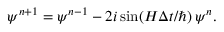
\psi ^ { n + 1 } = \psi ^ { n - 1 } - 2 i \sin ( H \Delta t / \hbar ) \: \psi ^ { n } .